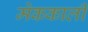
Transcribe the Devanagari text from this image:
मेककार्ली